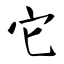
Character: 它